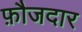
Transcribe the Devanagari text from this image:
फ़ौजदार